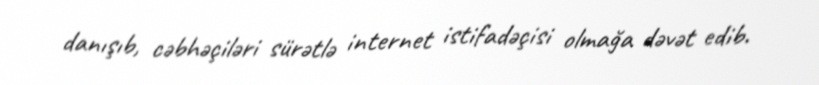
danışıb, cəbhəçiləri sürətlə internet istifadəçisi olmağa dəvət edib.